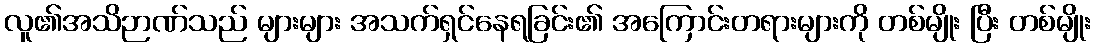
လူ၏အသိဉာဏ်သည် များများ အသက်ရှင်နေရခြင်း၏ အကြောင်းတရားများကို တစ်မျိုး ပြီး တစ်မျိုး